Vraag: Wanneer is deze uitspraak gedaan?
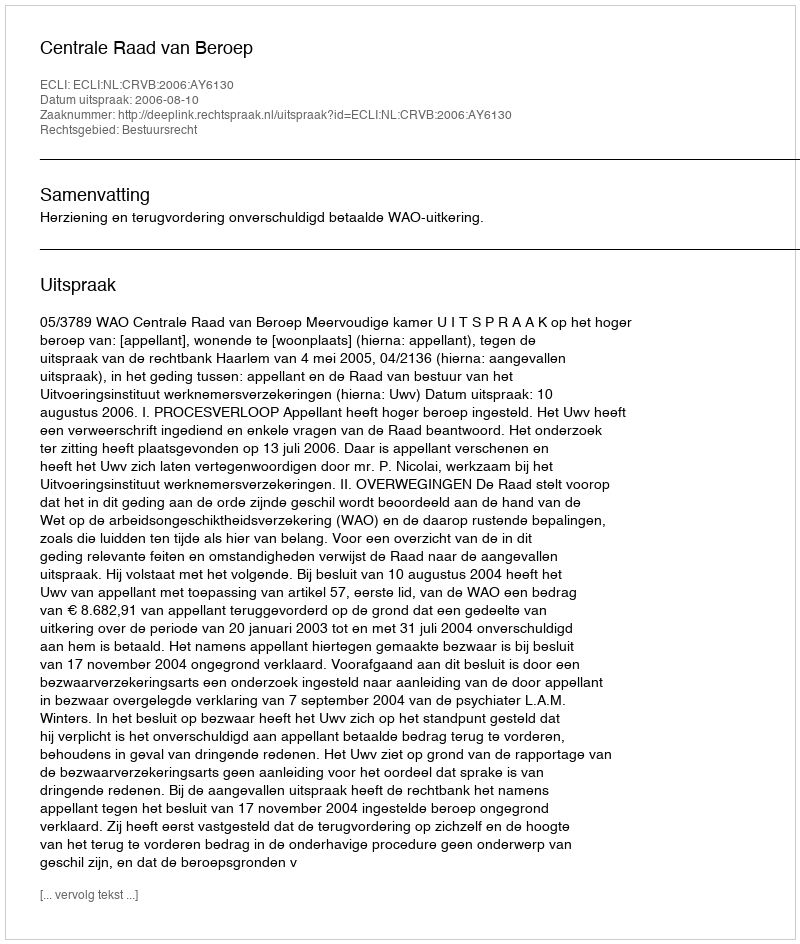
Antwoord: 2006-08-10